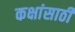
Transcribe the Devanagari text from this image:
कक्षांसाठी